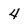
Character: 4